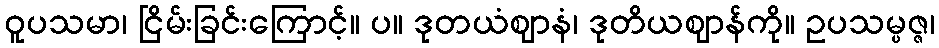
ဝူပသမာ၊ ငြိမ်းခြင်းကြောင့်။ ပ။ ဒုတယံဈာနံ၊ ဒုတိယဈာန်ကို။ ဥပသမ္ပဇ္ဇ၊